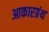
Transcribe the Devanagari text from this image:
आकारग्रंथ